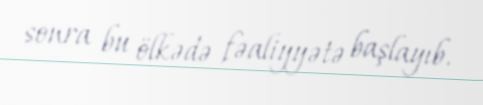
sonra bu ölkədə fəaliyyətə başlayıb.